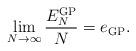
LaTeX: \begin{align*} \lim_{N\to\infty}\frac{E^{\operatorname{GP}}_{N}}{N}=e_{\operatorname{GP}}.\end{align*}